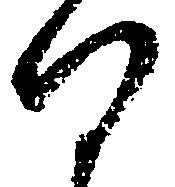
向